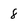
Character: 8